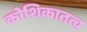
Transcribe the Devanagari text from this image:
कोशिकातत्व